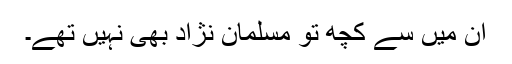
ان میں سے کچھ تو مسلمان نژاد بھی نہیں تھے۔